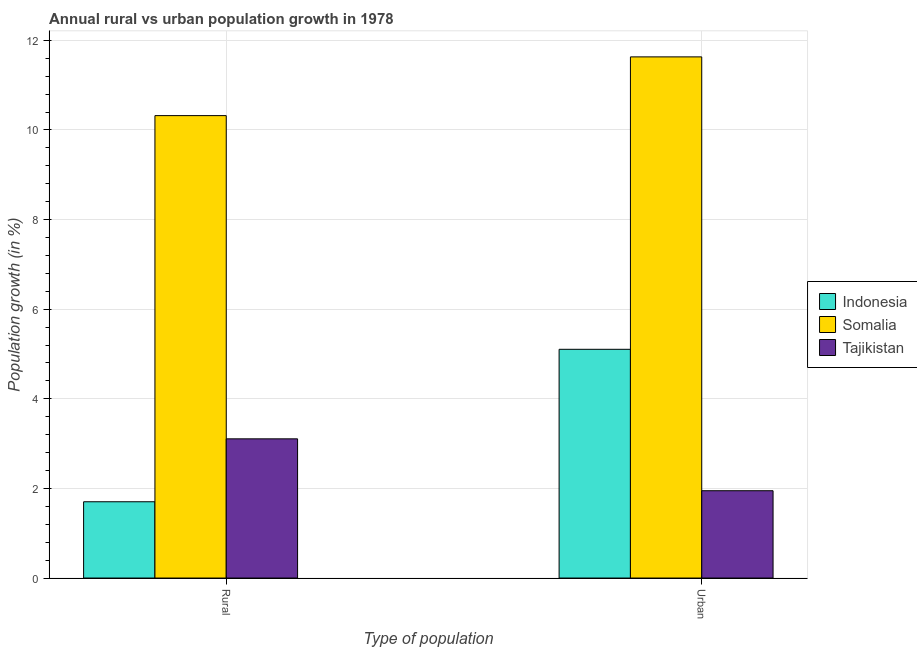
| Type of population | Indonesia | Somalia | Tajikistan |
 | --- | --- | --- | --- |
 | Rural | 1.7 | 10.3 | 3.11 |
 | Urban  | 5.1 | 11.6 | 1.95 |